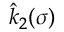
\hat { k } _ { 2 } ( \sigma )